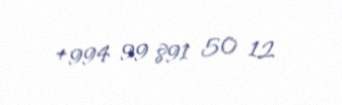
+994 99 891 50 12